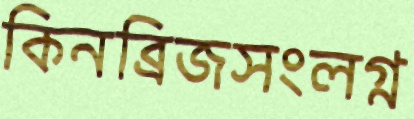
কিনব্রিজসংলগ্ন